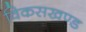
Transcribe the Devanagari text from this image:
विकसखण्ड